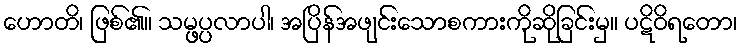
ဟောတိ၊ ဖြစ်၏။ သမ္ဖပ္ပလာပါ၊ အပြိန်အဖျင်းသောစကားကိုဆိုခြင်းမှ။ ပဋိဝိရတော၊